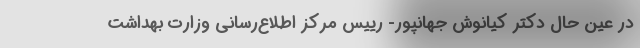
در عین حال دکتر کیانوش جهانپور- رییس مرکز اطلاع‌رسانی وزارت بهداشت